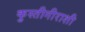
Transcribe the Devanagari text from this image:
कुस्तीगीराशी